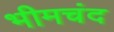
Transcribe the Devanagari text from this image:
भीमचंद